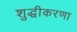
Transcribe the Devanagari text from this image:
शुद्धीकरणा